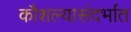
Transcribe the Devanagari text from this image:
कौशल्यासंदर्भात